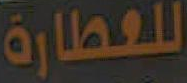
للعطارة